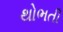
થોભતી